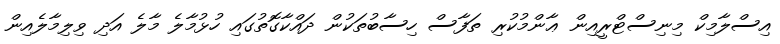
އިސްލާމިކް މިނިސްޓްރީއިން ޢާންމުކުރި ތަފާސް ހިސާބުތަކުން ދައްކާގޮތުގައި ހުޅުމާލެ މާލެ އަދި ވިލިމާލެއިން